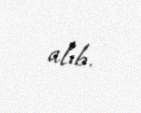
alıb.